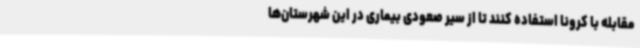
مقابله با کرونا استفاده کنند تا از سیر صعودی بیماری در این شهرستان‌ها